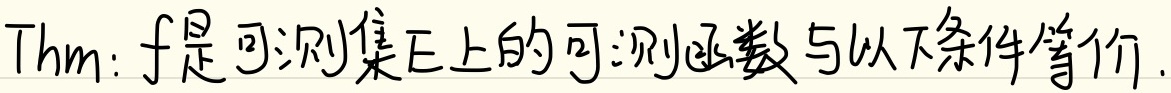
Thm：\(f\)是可测集\(E\)上的可测函数与以下条件等价.